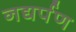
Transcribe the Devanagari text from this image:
नद्यर्पण